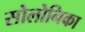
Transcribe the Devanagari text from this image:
सोलोनिका